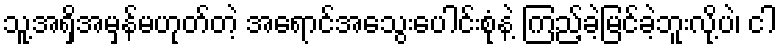
သူ့အရှိအမှန်မဟုတ်တဲ့ အရောင်အသွေးပေါင်းစုံနဲ့ ကြည့်ခဲ့မြင်ခဲ့ဘူးလို့ပဲ၊ ငါ